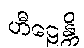
ဟီဠေန္တိ